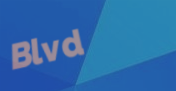
Blvd